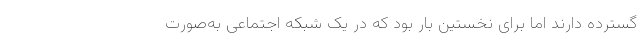
گسترده دارند اما برای نخستین‌ بار بود که در یک شبکه اجتماعی به‌صورت